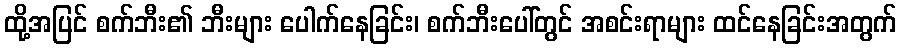
ထို့အပြင် စက်ဘီး၏ ဘီးများ ပေါက်နေခြင်း၊ စက်ဘီးပေါ်တွင် အစင်းရာများ ထင်နေခြင်းအတွက်